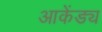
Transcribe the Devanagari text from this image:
आकेंड्य